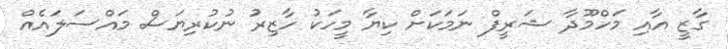
ގާޒީ އާއި މަހްމޫދާ ޝަރީފް ނަމަކަށް ކިޔާ މީހަކު ހާޒިރު ނުކުރިޔަސް މައްސަލައެއް